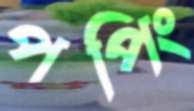
পপিং